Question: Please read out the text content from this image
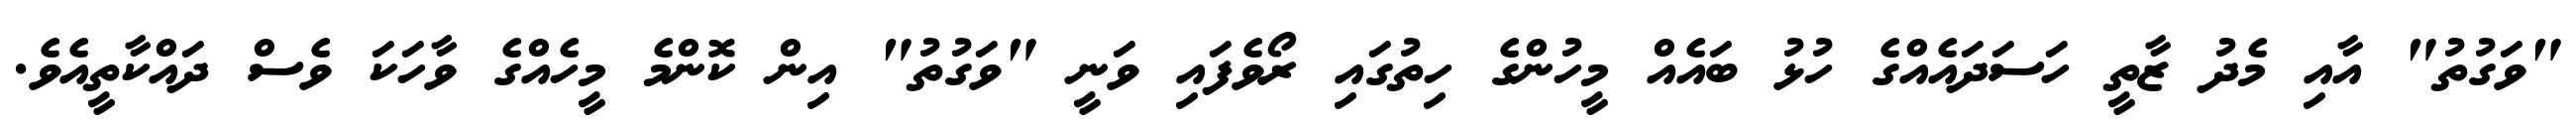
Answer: "ވަގުތު" އާއި މެދު ޒާތީ ހަސަދައެއްގެ ހުޅު ބައެއް މީހުންގެ ހިތުގައި ރޯވެފައި ވަނީ "ވަގުތު" އިން ކޮންމެ މީހެއްގެ ވާހަކަ ވެސް ދައްކާތީއެވެ.